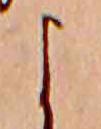
よ